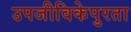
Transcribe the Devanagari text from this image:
उपजीविकेपुरता